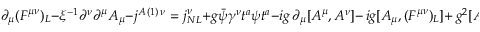
\partial _ { \mu } ( F ^ { \mu \nu } ) _ { L } - \xi ^ { - 1 } \partial ^ { \nu } \partial ^ { \mu } A _ { \mu } - j ^ { A \, ( 1 ) \, \nu } = j _ { N L } ^ { \nu } + g \bar { \psi } \gamma ^ { \nu } t ^ { a } \psi t ^ { a } - i g \, \partial _ { \mu } [ A ^ { \mu } , A ^ { \nu } ] - \, i g [ A _ { \mu } , ( F ^ { \mu \nu } ) _ { L } ] + \, g ^ { 2 } [ A _ { \mu } , [ A ^ { \mu } , A ^ { \nu } ] ] .